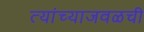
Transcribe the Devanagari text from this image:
त्यांच्याजवळची